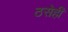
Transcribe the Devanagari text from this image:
ठसेही